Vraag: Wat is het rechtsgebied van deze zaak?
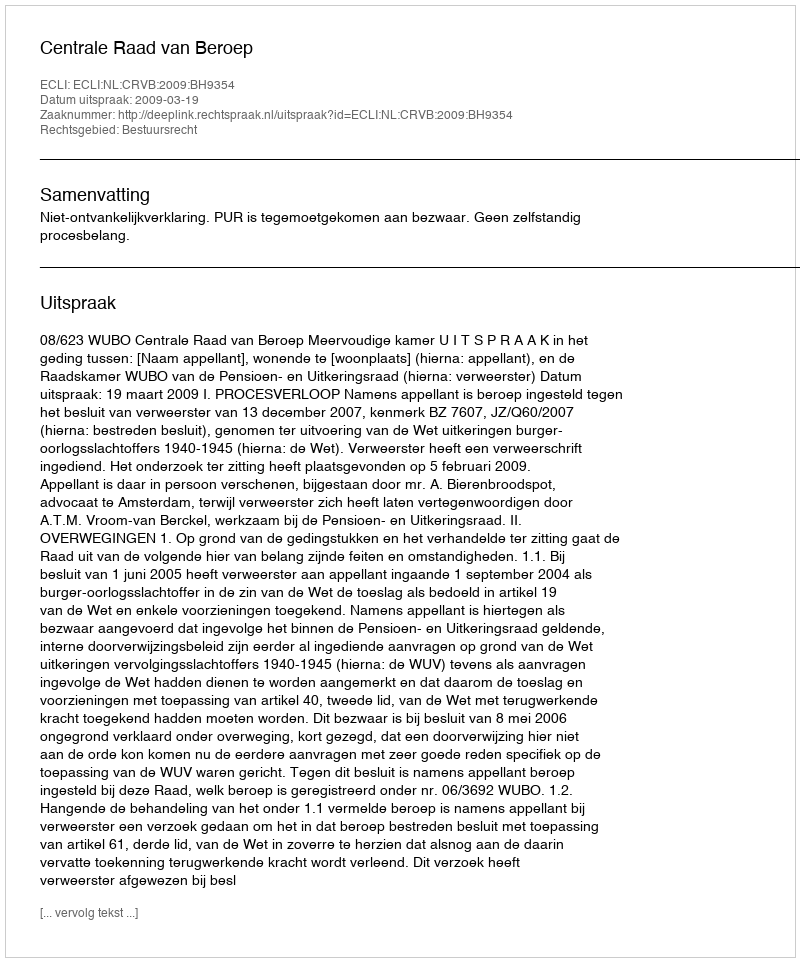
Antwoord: Bestuursrecht